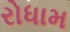
રોધામ